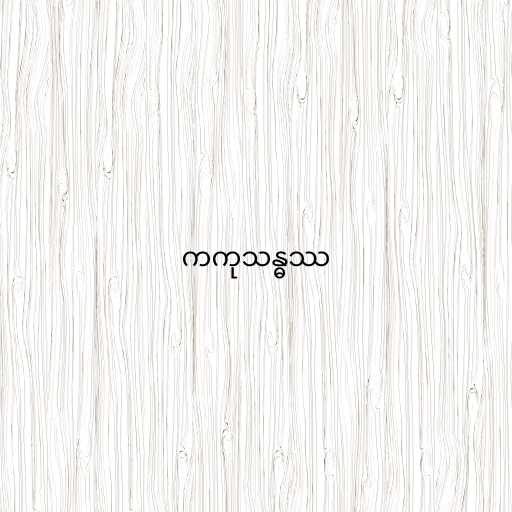
ကကုသန္ဓဿ